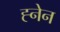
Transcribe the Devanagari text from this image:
ह्नेन